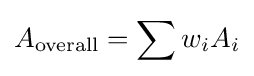
A_{\mathrm {overall} }=\sum w_{i}A_{i}